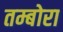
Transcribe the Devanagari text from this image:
तम्बोरा